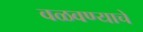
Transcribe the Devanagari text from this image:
वळवण्याचे